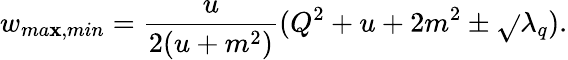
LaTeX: w_{ma\mathbf{x},min}=\frac{{u}}{{2(u+m^{2})}}(Q^{2}+u+2m^{2}\pm\sqrt{}{{\lambda_{q}}}).